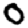
Digit: 0